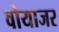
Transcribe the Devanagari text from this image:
वोयाजर